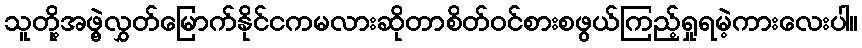
သူတို့အဖွဲ့လွှတ်မြောက်နိုင်ငကမလားဆိုတာစိတ်ဝင်စားစဖွယ်ကြည့်ရှုရမဲ့ကားလေးပါ။